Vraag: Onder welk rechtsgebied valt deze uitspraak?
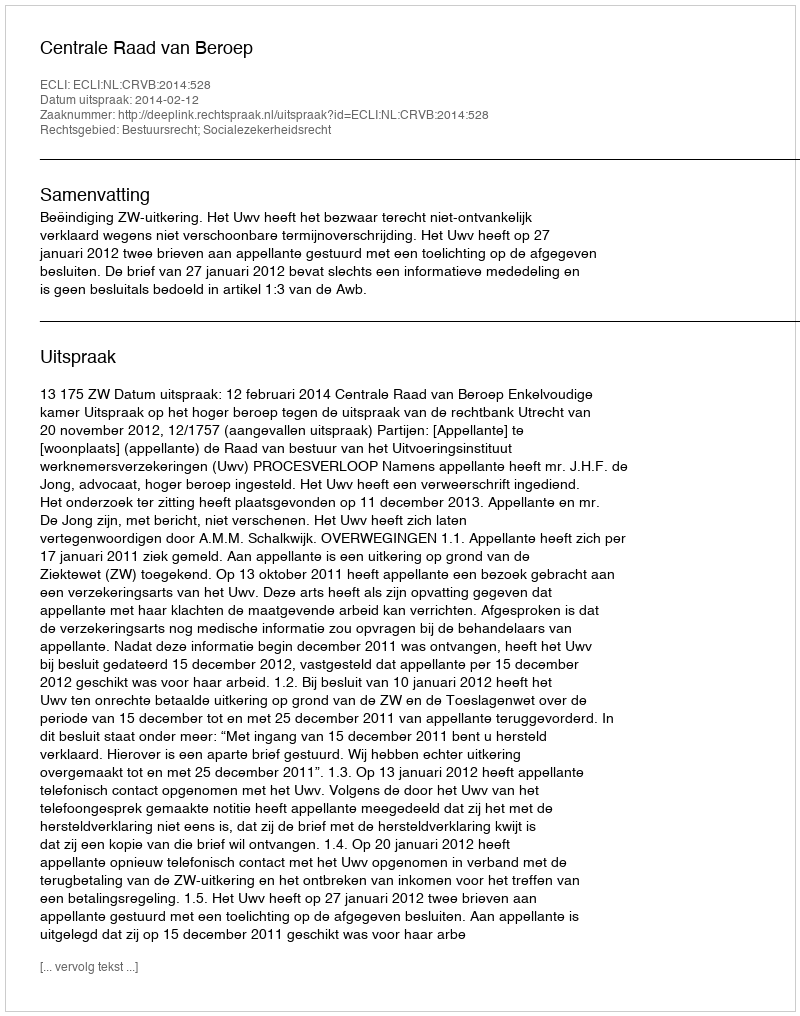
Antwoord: Bestuursrecht; Socialezekerheidsrecht